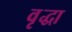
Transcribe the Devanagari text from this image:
वृृद्धा